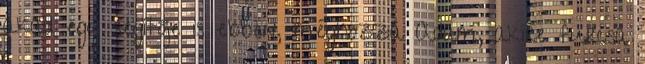
akad egy segítője is ebben, méghozzá Adam, akire furcsa